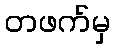
တဖက်မှ